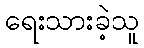
ရေးသားခဲ့သူ